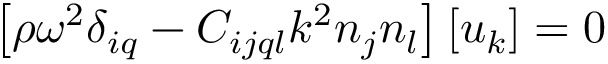
\left[ \rho \omega ^ { 2 } \delta _ { i q } - C _ { i j q l } k ^ { 2 } n _ { j } n _ { l } \right] \left[ u _ { k } \right] = 0